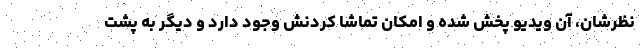
نظرشان، آن ویدیو پخش شده و امکان تماشا کردنش وجود دارد و دیگر به پشت